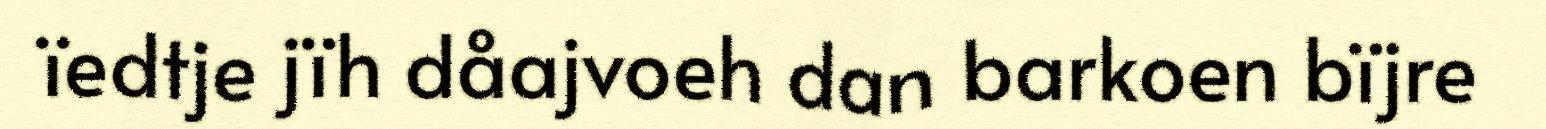
ïedtje jïh dåajvoeh dan barkoen bïjre